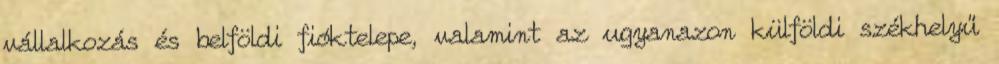
vállalkozás és belföldi fióktelepe, valamint az ugyanazon külföldi székhelyű